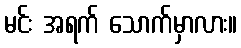
မင်း အရက် သောက်မှာလား။